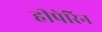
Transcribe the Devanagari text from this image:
हीपेरिन